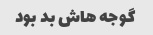
گوجه هاش بد بود